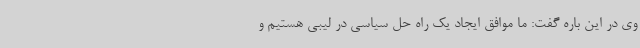
وی در این باره گفت: ما موافق ایجاد یک راه حل سیاسی در لیبی هستیم و